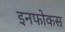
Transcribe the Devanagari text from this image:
इनफोकस